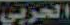
الحربي